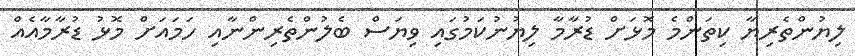
ލިޔުންތެރިޔާ ކިތަންމެ މޮޅަށް ޑުރާމާ ލިޔުނުކަމުގައި ވިޔަސް ބެލުންތެރިންނާއި ހަމައަށް މޮޅު ޑުރާމާއެއް